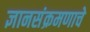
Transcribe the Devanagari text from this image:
ज्ञानसंक्रमणाचे